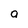
Character: a